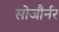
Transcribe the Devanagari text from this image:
सोजौर्नर